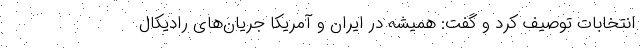
انتخابات توصیف کرد و گفت: همیشه در ایران و آمریکا جریان‌های رادیکال